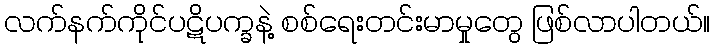
လက်နက်ကိုင်ပဋိပက္ခနဲ့ စစ်ရေးတင်းမာမှုတွေ ဖြစ်လာပါတယ်။